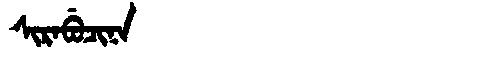
Manchu: ᠰᡳᡵᠠᠪᡠᠴᡳᠨᠠ
Romanization: SIRABUCINA